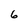
Character: 6